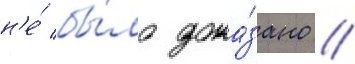
н'е́ бы́ло дока́зано /